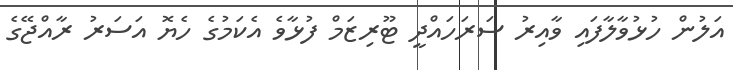
އަލުން ހުޅުވާލާފައި ވާއިރު ސަރަހައްދީ ޓޫރިޒަމް ފުޅާވެ އެކަމުގެ ހެޔޮ އަސަރު ރާއްޖޭގެ